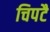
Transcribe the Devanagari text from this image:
चिपटै